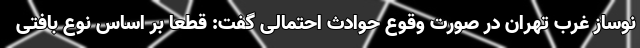
نوساز غرب تهران در صورت وقوع حوادث احتمالی گفت: قطعا بر اساس نوع بافتی